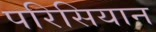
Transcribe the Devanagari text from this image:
परिसियान